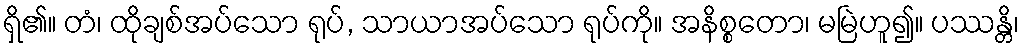
ရှိ၏။ တံ၊ ထိုချစ်အပ်သော ရုပ်, သာယာအပ်သော ရုပ်ကို။ အနိစ္စတော၊ မမြဲဟူ၍။ ပဿန္တိ၊